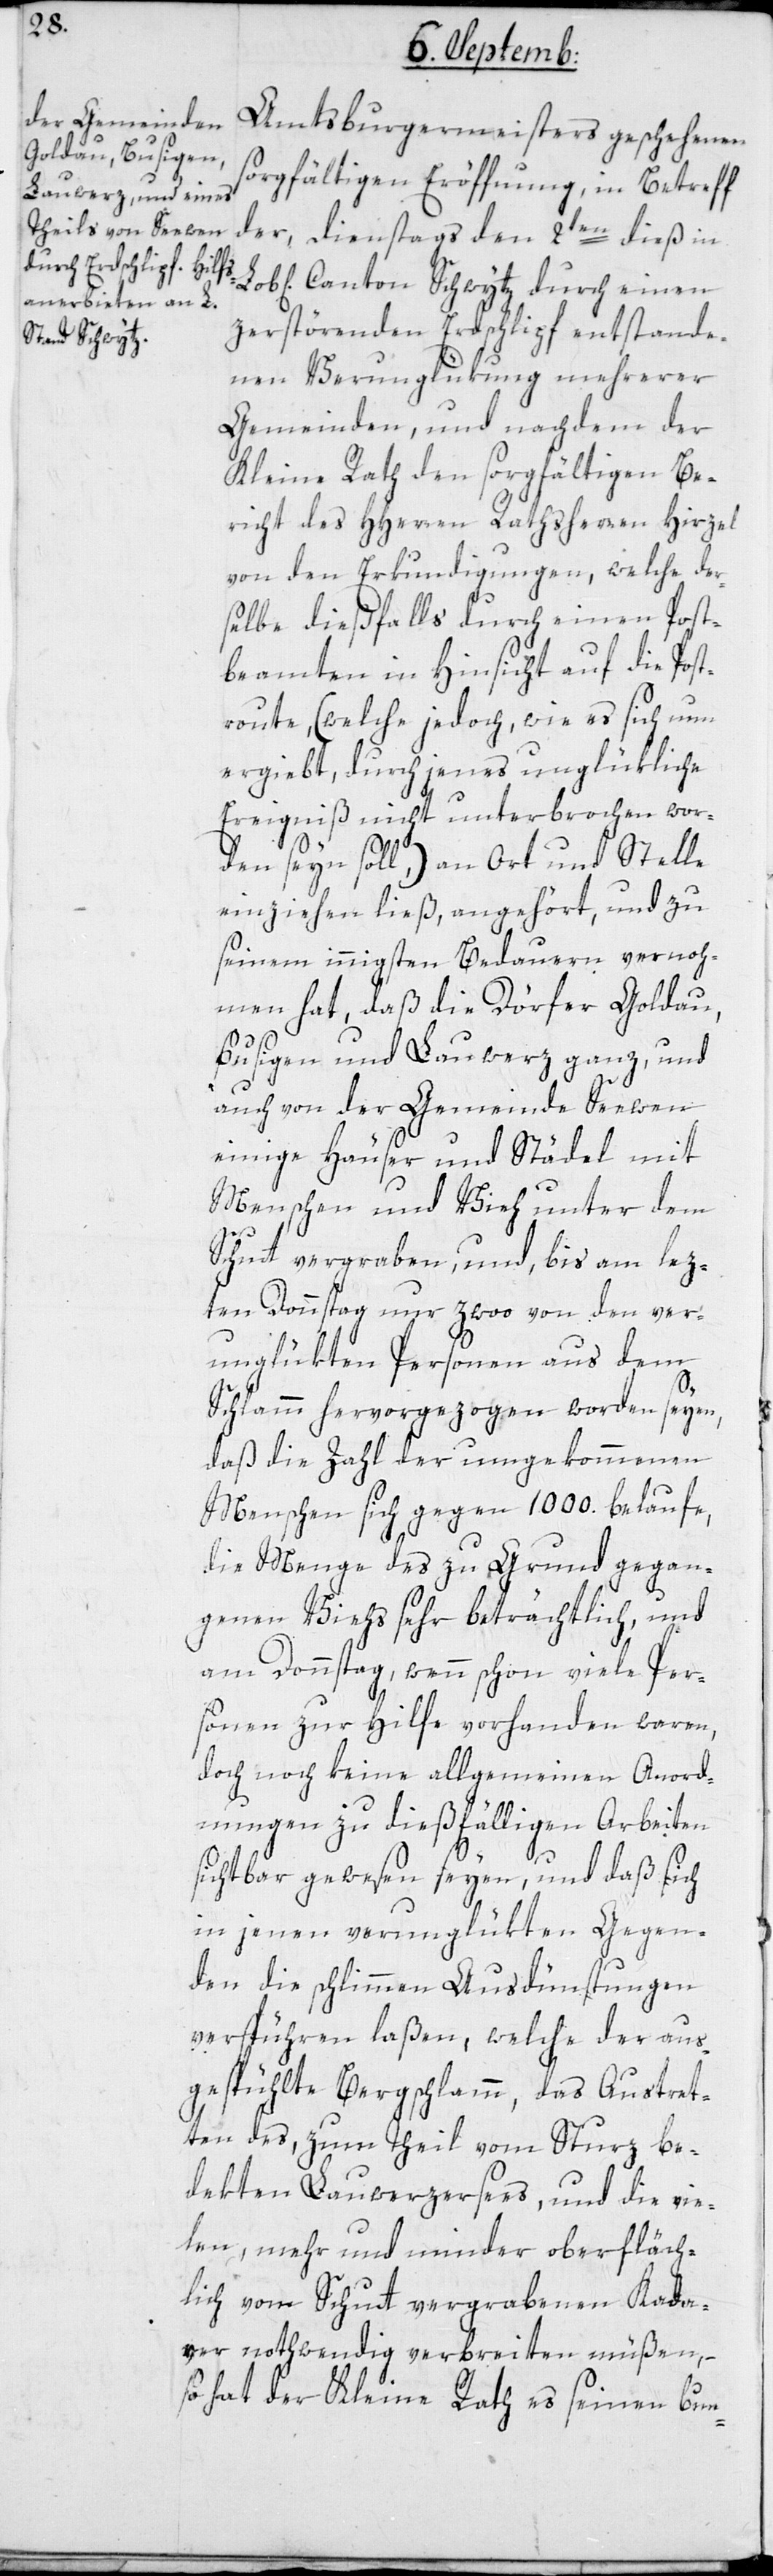
Amtsburgermeisters geschehenen
sorgfältigen Eröffnung, in Betreff
der, Dienstags den 2ten dieß in
Lobl. Canton Schwytz durch einen
zerstörenden Erdschlipf entstande¬
nen Verunglükung mehrerer
Gemeinden, und nachdem der
Kleine Rath den sorgfältigen Be¬
richt des HHerren Rathsherren Hirzel
von den Erkundigungen, welche der¬
selbe dießfalls durch einen Post¬
beamten in Hinsicht auf die Post¬
route, (welche jedoch, wie es sich nun
ergibt, durch jenes unglükliche
Ereignis nicht unterbrochen wor¬
den sein soll,) an Ort und Stelle
einziehen ließ, angehört, und zu
seinem innigsten Bedauern vernoh¬
men hat, daß die Dörfer Goldau,
Busigen und Lauwerz ganz, und
auch von der Gemeinde Seewen
einige Häuser und Städel mit
Menschen und Vieh unter dem
Schutt vergraben, und bis am lez¬
ten Donnstag nur zwoo von den ver¬
unglükten Personen aus dem
Schlamm hervorgezogen worden seyen,
daß die Zahl der umgekommenen
Menschen sich gegen 1000. belaufe,
die Menge des zu Grund gegan¬
genen Viehs sehr beträchtlich, und
am Donnstag, wenn schon viele Per¬
sonen zur Hilfe vorhanden waren,
doch noch keine allgemeinen Anord¬
nungen zu dießfälligen Arbeiten
sichtbar gewesen seyen, und daß sich
in jenen verunglükten Gegen¬
den die schlimmen Ausdünstungen
verspüren laßen, welche der aus¬
gespühlte Bergschlamm, das Austret¬
ten des zum Teil vom Sturz be¬
dekten Lauwerzersees, und die vie¬
len, mehr und minder oberfläch¬
lich vom Schutt vergrabenen Kada¬
ver nothwendig verbreiten müßen, –
so hat der Kleine Rath es seinen bun-